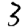
Digit: 3